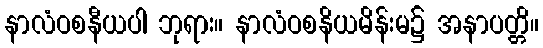
နာလံဝစနီယပါ ဘုရား။ နာလံဝစနိယမိန်းမ၌ အနာပတ္တိ။